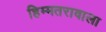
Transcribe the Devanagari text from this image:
हिम्मतरावाला